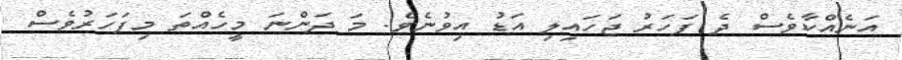
އަނެއްކާވެސް ދެ ފަހަރު ޖަހައިލި އަޑު އިވުނެވެ. މަ ދަންނަ މީހެއްތަ މިފަހަރުވެސް